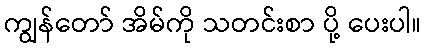
ကျွန်တော် အိမ်ကို သတင်းစာ ပို့ ပေးပါ။